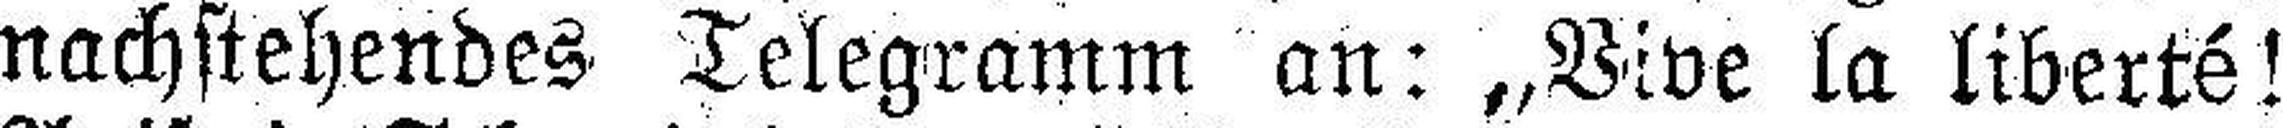
nachstehendes Telegramm an: „Vive la liberté!